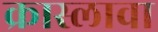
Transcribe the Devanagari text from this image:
क्रास्लावा